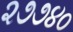
૨૭૭૪૦